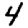
Digit: 4